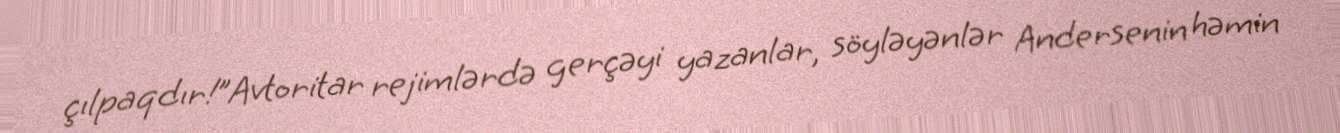
çılpaqdır!”Avtoritar rejimlərdə gerçəyi yazanlar, söyləyənlər Andersenin həmin